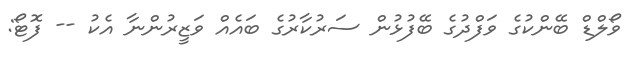
ވޯލްޑް ބޭންކުގެ ވަފްދުގެ ބޭފުޅުން ސަރުކާރުގެ ބައެއް ވަޒީރުންނާ އެކު -- ފޮޓޯ: